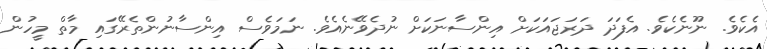
އެކެވެ. ނޫނެކެވެ. އެފަދަ ދަރަޖައަކަށް އިންސާނަކަށް ނުދެވޭނެއެވެ. ނަމަވެސް އިންސާނުންތެރޭގައި މާތް މީހުން